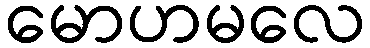
မောဟမလေ